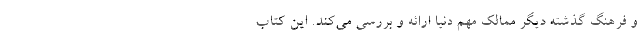
و فرهنگ گذشته دیگر ممالک مهم دنیا ارائه و بررسی می‌کند. این کتاب